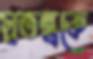
স্বতন্ত্রকে